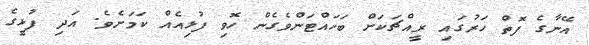
އޭނާގެ ފޮތް ހަރުގައި ރީއްޗަކަށް ބަހައްޓަންވެގެން ހޮވި ފުޅިއެއް ކަމަށެވެ. އަދި ފުޅީގެ